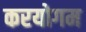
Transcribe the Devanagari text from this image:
करयोगम